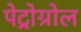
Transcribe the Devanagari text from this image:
पेट्रोग्रोल